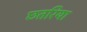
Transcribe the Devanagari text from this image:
छतरिया